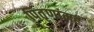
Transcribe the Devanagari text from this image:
पितृणांमहं